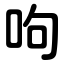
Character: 呴